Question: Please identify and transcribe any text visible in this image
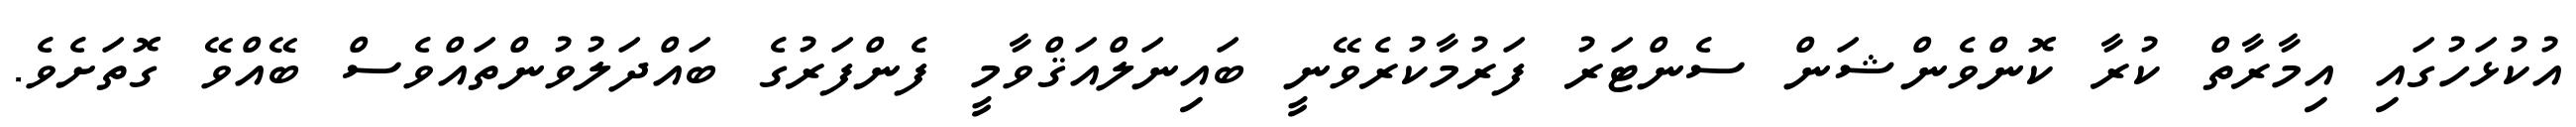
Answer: އުކުޅަހުގައި އިމާރާތް ކުރާ ކޮންވެންޝަން ސެންޓަރު ފަރުމާކުރެވޭނީ ބައިނަލްއަޤްވާމީ ފެންފަރުގެ ބައްދަލުވުންތައްވެސް ބޭއްވޭ ގޮތަށެވެ.